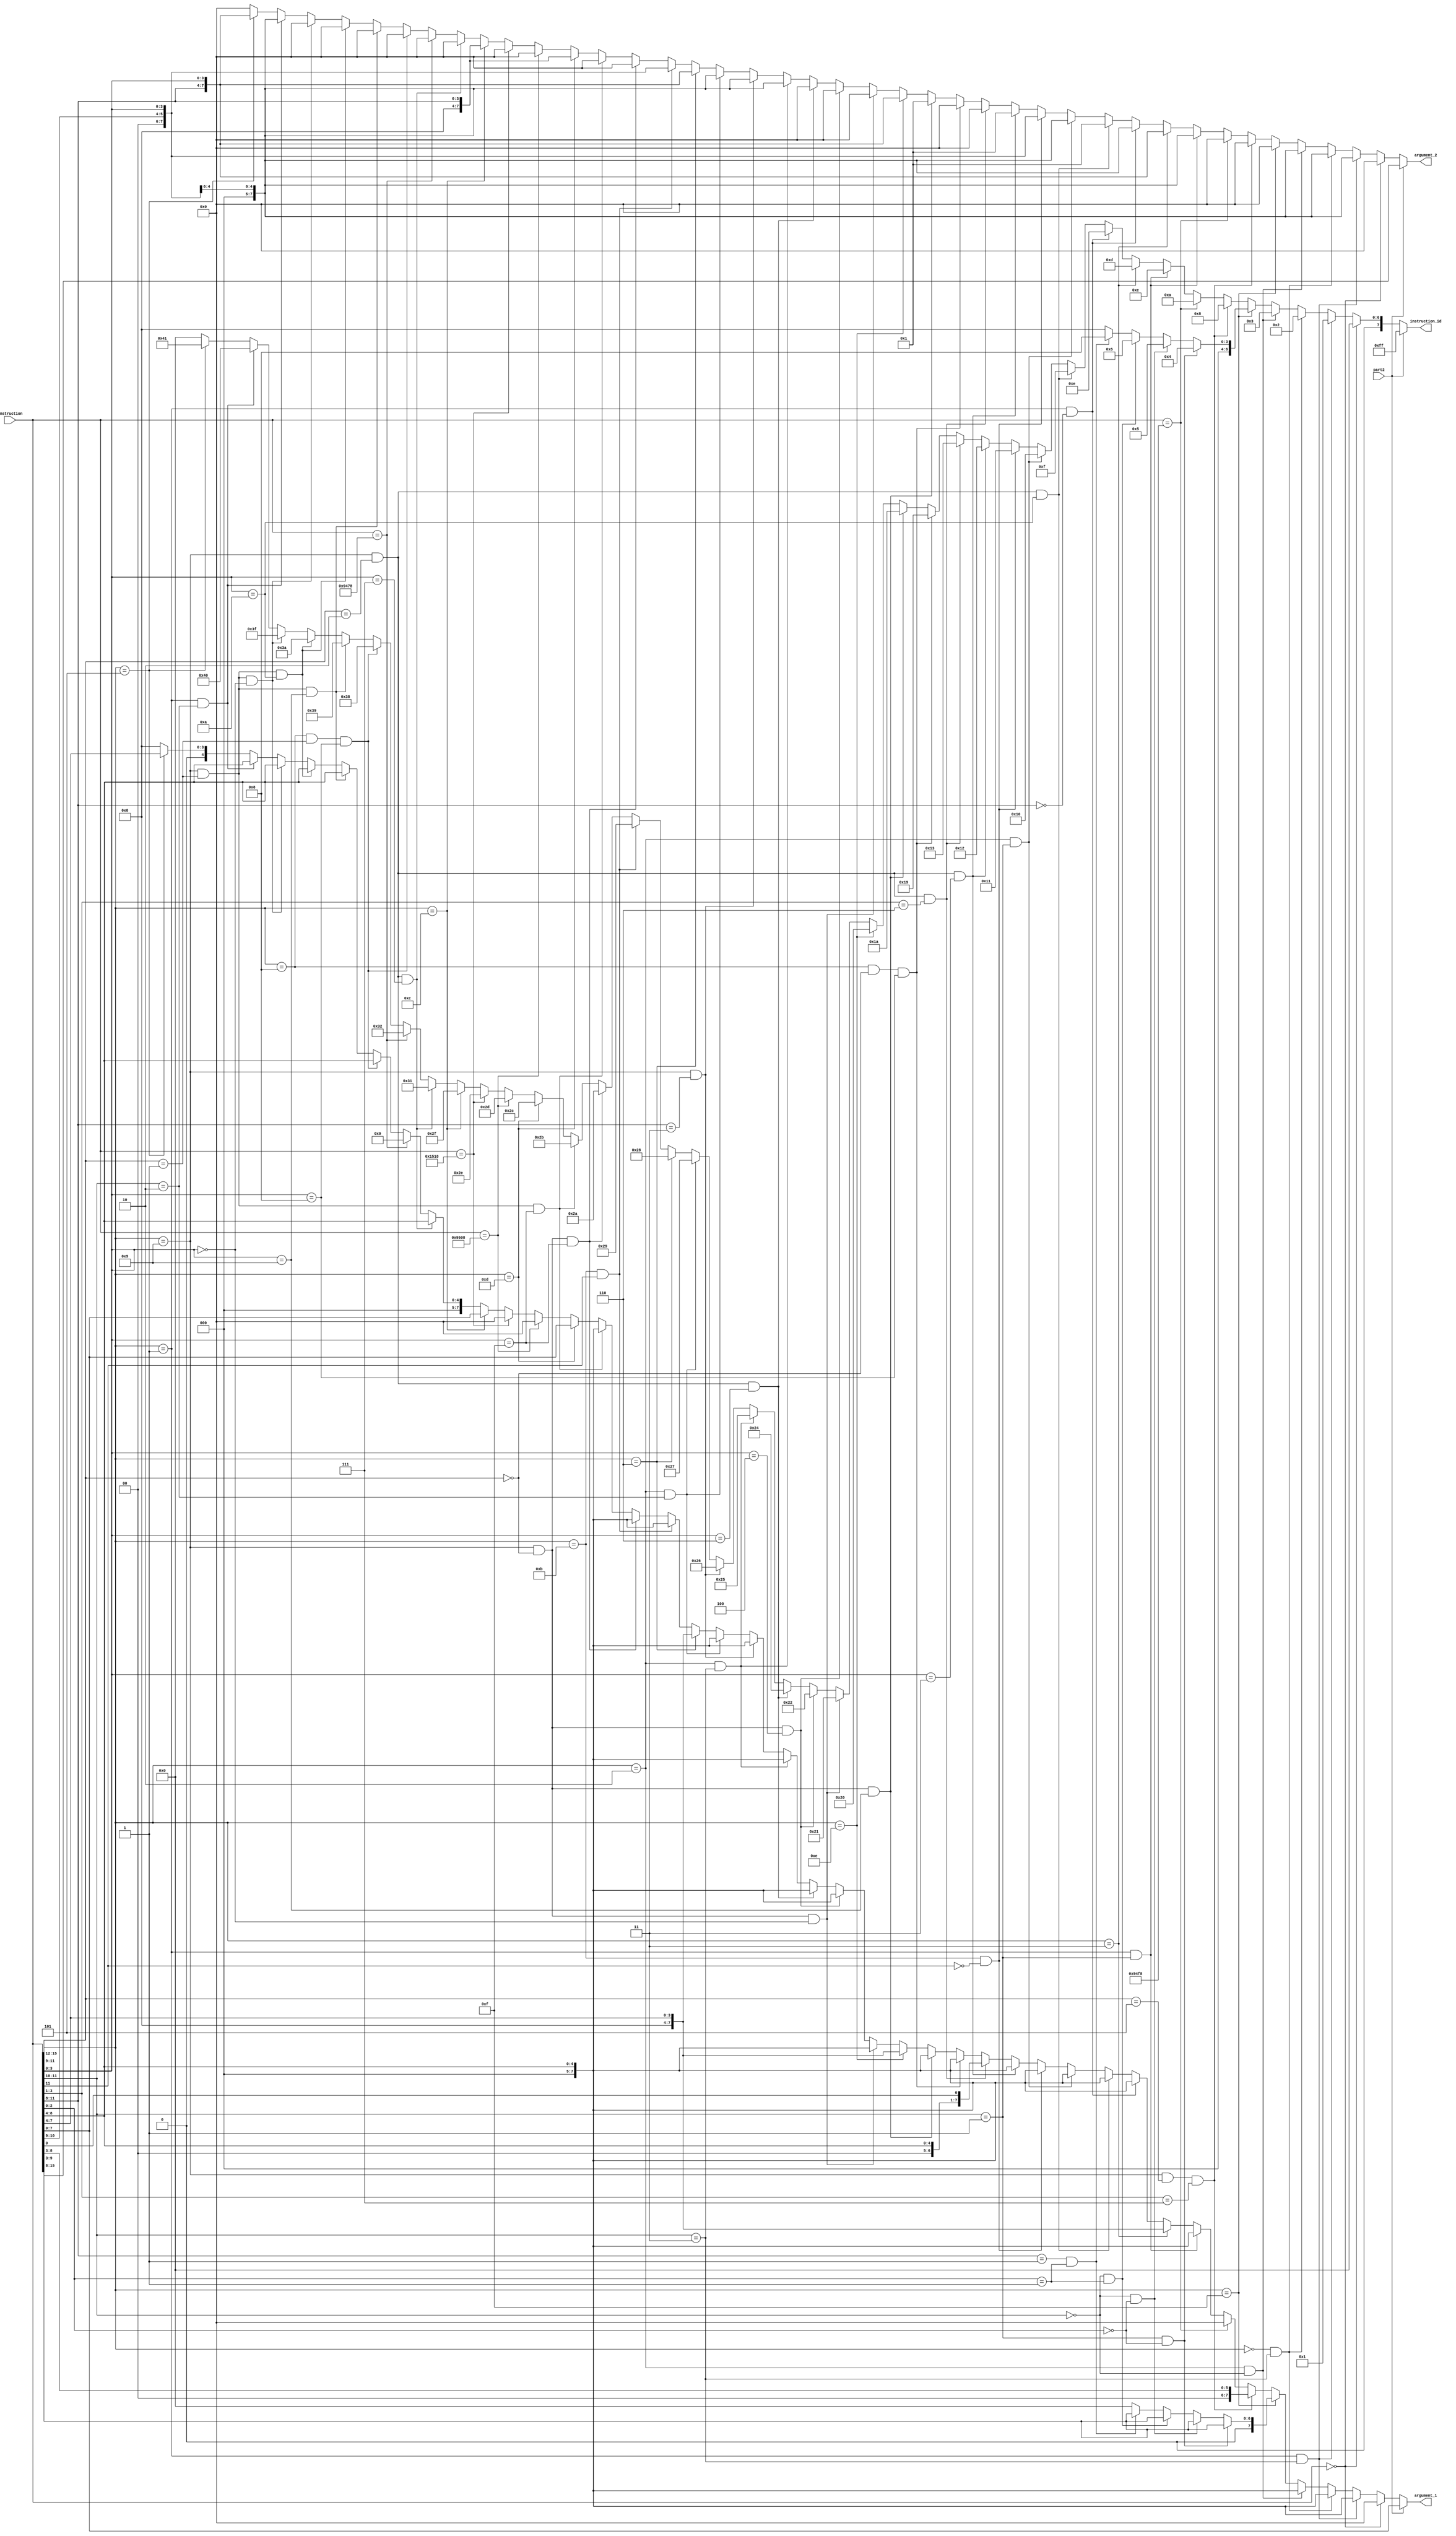
// This document is an instruction decoder for the AVR instruction set
// It will decode a reduced set of the OP codes into the instruction and its arguments 

module instruction_decoder (
	input [15:0] instruction,
	input part2,
	
	output [7:0] instruction_id,	// 0x00 - 0x41 or 0xff if the read is an address for 32 bit instruction
	output [7:0] argument_1,
	output [7:0] argument_2
);

wire [3:0] n3 = instruction[15:12];
wire [3:0] n2 = instruction[11:8];
wire [3:0] n1 = instruction[7:4];
wire [3:0] n0 = instruction[3:0];

reg [7:0] id;
reg [7:0] arg1;
reg [7:0] arg2;	

always @(*) begin 
	if (part2 == 1'b1) begin 
		id = 8'hff;
		arg1 = instruction[7:0]; // low byte 
		arg2 = instruction[15:8]; // high byte
	end 
	else if (instruction == 16'b0) begin //NOP
		id = 8'b0;
		arg1 = 8'b0;
		arg2 = 8'b0;	
	end 
	else if (n3 == 4'b0001 && n2[3:2] == 2'b11) begin // ADC
		id = 8'h1;
		arg1 = {3'b000, n2[0], n1};	// Rd
		arg2 = {3'b000, n2[1], n0};	// Rr 
	end
	else if (n3 == 4'b0000 && n2[3:2] == 2'b11) begin // ADD
		id = 8'h2;
		arg1 = {3'b000, n2[0], n1};	// Rd
		arg2 = {3'b000, n2[1], n0};	// Rr 
	end 
	else if (n3 == 4'b0010 && n2[3:2] == 2'b00) begin // AND 
		id = 8'h3;
		arg1 = {3'b000, n2[0], n1};	// Rd
		arg2 = {3'b000, n2[1], n0};	// Rr
	end
	else if (n3 == 4'b1111) begin // branch instructions 
		if (n2[3:2] == 2'b01 && n0[2:0] == 3'b000) begin // BRCC
			id = 8'h4;
			arg1 = {1'b0, n2[1:0], n1, n0[3]};
			arg2 = 8'b0;
		end 
		else if (n2[3:2] == 2'b00 && n0[2:0] == 3'b000) begin // BRCS / BRLO
			id = 8'h5;
			arg1 = {1'b0, n2[1:0], n1, n0[3]};
			arg2 = 8'b0;
		end 
		else if (n2[3:2] == 2'b00 && n0[2:0] == 3'b001) begin // BREQ
			id = 8'h6;
			arg1 = {1'b0, n2[1:0], n1, n0[3]};
			arg2 = 8'b0;
		end
		// BRLO with id 7 (Duplicate of BRCS)
		else if (n2[3:0] == 2'b01 && n0[2:0] == 3'b001) begin // BRNE
			id = 8'h8;
			arg1 = {1'b0, n2[1:0], n1, n0[3]};
			arg2 = 8'b0;
		end 
		else begin 
			id = 8'b0;
			arg1 = 8'b0;
			arg2 = 8'b0;
		end
	end 
	else if (n3 == 4'b1001 && n2[3:1] == 3'b101 && n0[3:1] == 3'b111) begin // CALL
	 	// Handle 2nd part of K
		id = 8'h8;
		arg1 = {2'b00, n2[0], n1, n0[3]};
		arg2 = 8'b0;
	end
	else if (instruction == 16'b1001010011111000) begin // CLI 
		id = 8'ha;
		arg1 = 8'b0;
		arg2 = 8'b0;
	end	
	// CLR skipped at 0x0B 
	else if (n3 == 4'b0001 && n2[3:2] == 2'b01) begin // CP
		id = 8'hC;
		arg1 = {3'b000, n2[0], n1};	// Rd
		arg2 = {3'b000, n2[1], n0};	// Rr
	end
	else if (n3 == 4'b0011) begin	// CPI 
		id = 8'hD;
		arg1 = {4'b0000, n1};	// Rd
		arg2 = {n2, n0}; // K
	end
	else if (n3 == 0001 && n2[3:0] == 00) begin // CPSE
		id = 8'hE;
		arg1 = {3'b000, n2[0], n1};	// Rd
		arg2 = {3'b000, n2[1], n0};	// Rr
	end
	else if (n3 == 4'b1001 && n2[3:1] == 3'b010 && n0 == 4'b1010) begin // DEC
		id = 8'hF;
		arg1 = {3'b000, n2[0], n1};	// Rd
		arg2 = 8'b1; // set to 1 to send to ALU for -1 
	end 
	else if (n3 == 4'b0010 && n2[3:2] == 2'b01) begin //EOR
		id = 8'h10;
		arg1 = {3'b000, n2[0], n1};	// Rd
		arg2 = {3'b000, n2[1], n0};	// Rr
	end 
	else if (n3 == 4'b1011 && n2[3] == 1'b0) begin //IN
		id = 8'h11;
		arg1 = {3'b000, n2[0], n1};	// Rd
		arg2 = {n2[2:1], n0}; // A
	end
	else if (n3 == 4'b1001 && n2[3:1] == 3'b010 && n0 == 4'b0011) begin // INC
		id = 8'h12;
		arg1 = {3'b000, n2[0], n1};	// Rd
		arg2 = 8'b1; // set to 1 to send to ALU for +1 
	end 
	else if (n3 == 4'b1001 && n2[3:1] == 3'b010 && n0[3:1] == 3'b110) begin // JMP
		// handle 32 bit part 2 
		id = 8'h13;
		arg1 = {2'b00, n2[0], n1, n0[0]};	// Rd
		arg2 = 8'b0; 
	end 
	// Skip LD (X) is 0x14 to 0x17
	// Skip 0x18 for replica instruction 
	else if (n3 == 4'b1000 && n2[3:1] == 3'b000 && n0 == 4'b1000) begin // LD(Y)
		id = 8'h19;
		arg1 = {3'b000, n2[0], n1};	// Rd
		arg2 = 8'b0;
	end
	else if (n3 == 4'b1001 && n2[3:1] == 3'b000 && n0 == 4'b1001) begin // LD(Y+)
		id = 8'h1a;
		arg1 = {3'b000, n2[0], n1};	// Rd
		arg2 = 8'b1; // set to 1 to send to ALU for +1
	end
	else if (n3 == 4'b1001 && n2[3:1] == 000 && n0 == 4'b1001) begin // LD(-Y)
		id = 8'h1b;
		arg1 = {3'b000, n2[0], n1};	// Rd
		arg2 = 8'b1; // set to 1 to send to ALU for -1
	end
	// skip 0x1C to 0x1F for LD Z
	else if (n3 == 4'b1110) begin // LDI
		id = 8'h20;
		arg1 = {4'b0000, n1};	// Rd
		arg2 = {n2, n0}; // K
	end
	else if (n3 == 4'b1001 && n2[3:1] == 3'b000 && n0 == 4'b0000) begin // LDS 
		id = 8'h21;
		arg1 = {3'b000, n2[0], n1};	// Rd
		arg2 = 8'b0;
	end 
	else if (n3 == 4'b1001 && n2[3:1] == 3'b000 && n0 == 4'b0100) begin // LPM
		id = 8'h22;
		arg1 = {3'b000, n2[0], n1};	// Rd
		arg2 = 8'b0;
	end
	// LSL skipped at 0x23 (Uses add with itself)
	else if (n3 == 4'b1001 && n2[3:1] == 3'b010 && n0 == 4'b0110) begin // LSR
		id = 8'h24;
		arg1 = {3'b000, n2[0], n1};	// Rd
		arg2 = 8'b0;
	end
	else if (n3 == 4'b0010 && n2[3:2] == 2'b11) begin // MOV
		id = 8'h25;
		arg1 = {3'b000, n2[0], n1};	// Rd
		arg2 = {3'b000, n2[1], n0};	// Rr
	end
	else if (n3 == 4'b1001 && n2[3:0] == 2'b11) begin // MUL
		id = 8'h26;
		arg1 = {3'b000, n2[0], n1};	// Rd
		arg2 = {3'b000, n2[1], n0};	// Rr
	end
	else if (n3 == 4'b0010 && n2[3:2] == 2'b10) begin // OR
		id = 8'h27;
		arg1 = {3'b000, n2[0], n1};	// Rd
		arg2 = {3'b000, n2[1], n0};	// Rr
	end
	else if (n3 == 4'b0110) begin // ORI
		id = 8'h28;
		arg1 = {4'b0000, n1};	// Rd
		arg2 = {n2, n0}; // K
	end 
	else if (n3 == 4'b1011 && n2[3] == 1'b1) begin // OUT
		id = 8'h29;
		arg1 = {3'b000, n2[0], n1}; // Rd
		arg2 = {2'b00, n2[2:1], n0};	// A
	end
	else if (n3 == 4'b1001 && n2[3:1] == 3'b000 && n0 == 4'b1111) begin // POP
		id = 8'h2a;
		arg1 = {3'b000, n2[0], n1};	// Rd
		arg2 = 8'b0;
	end
	else if (n3 == 4'b1001 && n2[3:1] == 3'b001 && n0 == 4'b1111) begin // PUSH
		id = 8'h2b;
		arg1 = {3'b000, n2[0], n1};	// Rd
		arg2 = 8'b0;
	end
	else if (n3 == 4'b1101) begin // RCALL
		id = 8'h2c;
		arg1 = {n1, n0};	// K low 8 bits
		arg2 = {4'b0, n2}; // K high 4 bits
	end
	else if (instruction == 16'b1001010100001000) begin // RET
		id = 8'h2d;
		arg1 = 8'b0;
		arg2 = 8'b0;
	end
	else if (instruction == 16'b001010100011000) begin // RETI
		id = 8'h2e;
		arg1 = 8'b0;
		arg2 = 8'b0;
	end
	else if (n3 == 4'b1100) begin // RJMP
		id = 8'h2f;
		arg1 = {n1, n0};	// K low 8 bits
		arg2 = {4'b0, n2}; // K high 4 bits
	end
	// ROL skipped at 0x30 (Uses ADC with itself)
	else if (n3 == 4'b1001 && n2[3:1] == 3'b010 && n0 == 4'b0111) begin // ROR
		id = 8'h31;
		arg1 = {3'b000, n2[0], n1};	// Rd
		arg2 = 8'b0;
	end
	else if (instruction == 16'b1001010001111000) begin // SEI
		id = 8'h32;
		arg1 = 8'b0;
		arg2 = 8'b0;
	end // skip 0x33 to 0x36 for st(x) 		skip 0x37 for replica 
	else if (n3 == 4'b1000 && n2[3:1] == 3'b001 && n0 == 4'b1000) begin // ST(Y)
		id = 8'h38;
		arg1 = {3'b000, n2[0], n1};	// Rr
		arg2 = 8'b0; 
	end
	else if (n3 == 4'b1001 && n2[3:1] == 3'b001 && n0 == 4'b1001) begin // ST(Y+)
		id = 8'h39;
		arg1 = {3'b000, n2[0], n1};	// Rr
		arg2 = 8'b0;
	end
	else if (n3 == 4'b1001 && n2[3:1] == 3'b001 && n0 == 4'b1010) begin // ST(-Y)
		id = 8'h3a;
		arg1 = {3'b000, n2[0], n1};	// Rr
		arg2 = 8'b0;
	end 
	// skip 0x3b to 0x3e for st(Z)
	else if (n3 == 4'b1001 && n2[3:1] == 3'b001 && n0 == 4'b0000) begin // STS
		id = 8'h3f;
		arg1 = {3'b000, n2[0], n1};	// Rd
		arg2 = 8'b0;
	end
	else if (n3 == 4'b0001 && n2[3:2] == 2'b10) begin // SUB
		id = 8'h40;
		arg1 = {3'b000, n2[0], n1};	// Rd
		arg2 = {3'b000, n2[1], n0};	// Rr
	end
	else if (n3 == 4'b0101) begin // SUBI
		id = 8'h41;
		arg1 = {4'b0000, n1};	// Rd
		arg2 = {n2, n0}; // K
	end
	else begin 
		id = 8'b0;
		arg1 = 8'b0;
		arg2 = 8'b0;
	end
end

assign instruction_id = id;
assign argument_1 = arg1;
assign argument_2 = arg2;

endmodule